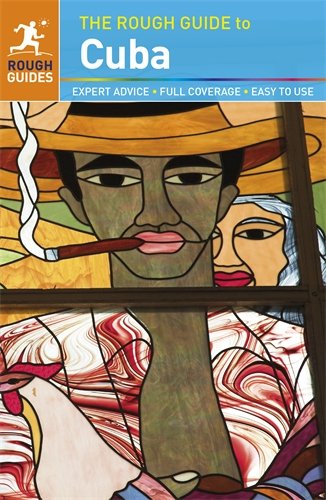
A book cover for The Rough Guide to Cuba; Matthew Norman; Travel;